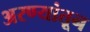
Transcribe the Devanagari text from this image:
अरण्यांतून